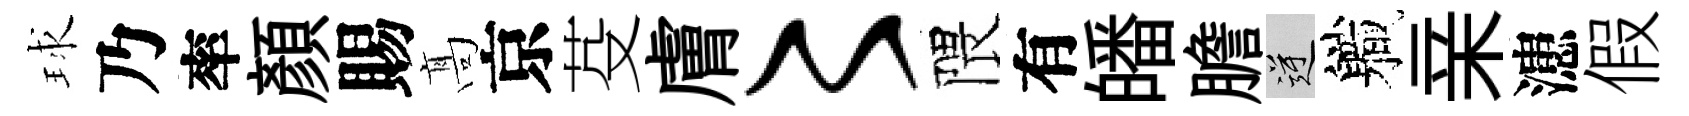
球乃率顏賜髙京芟膚〻隈有皤膽逆軄亲漶假